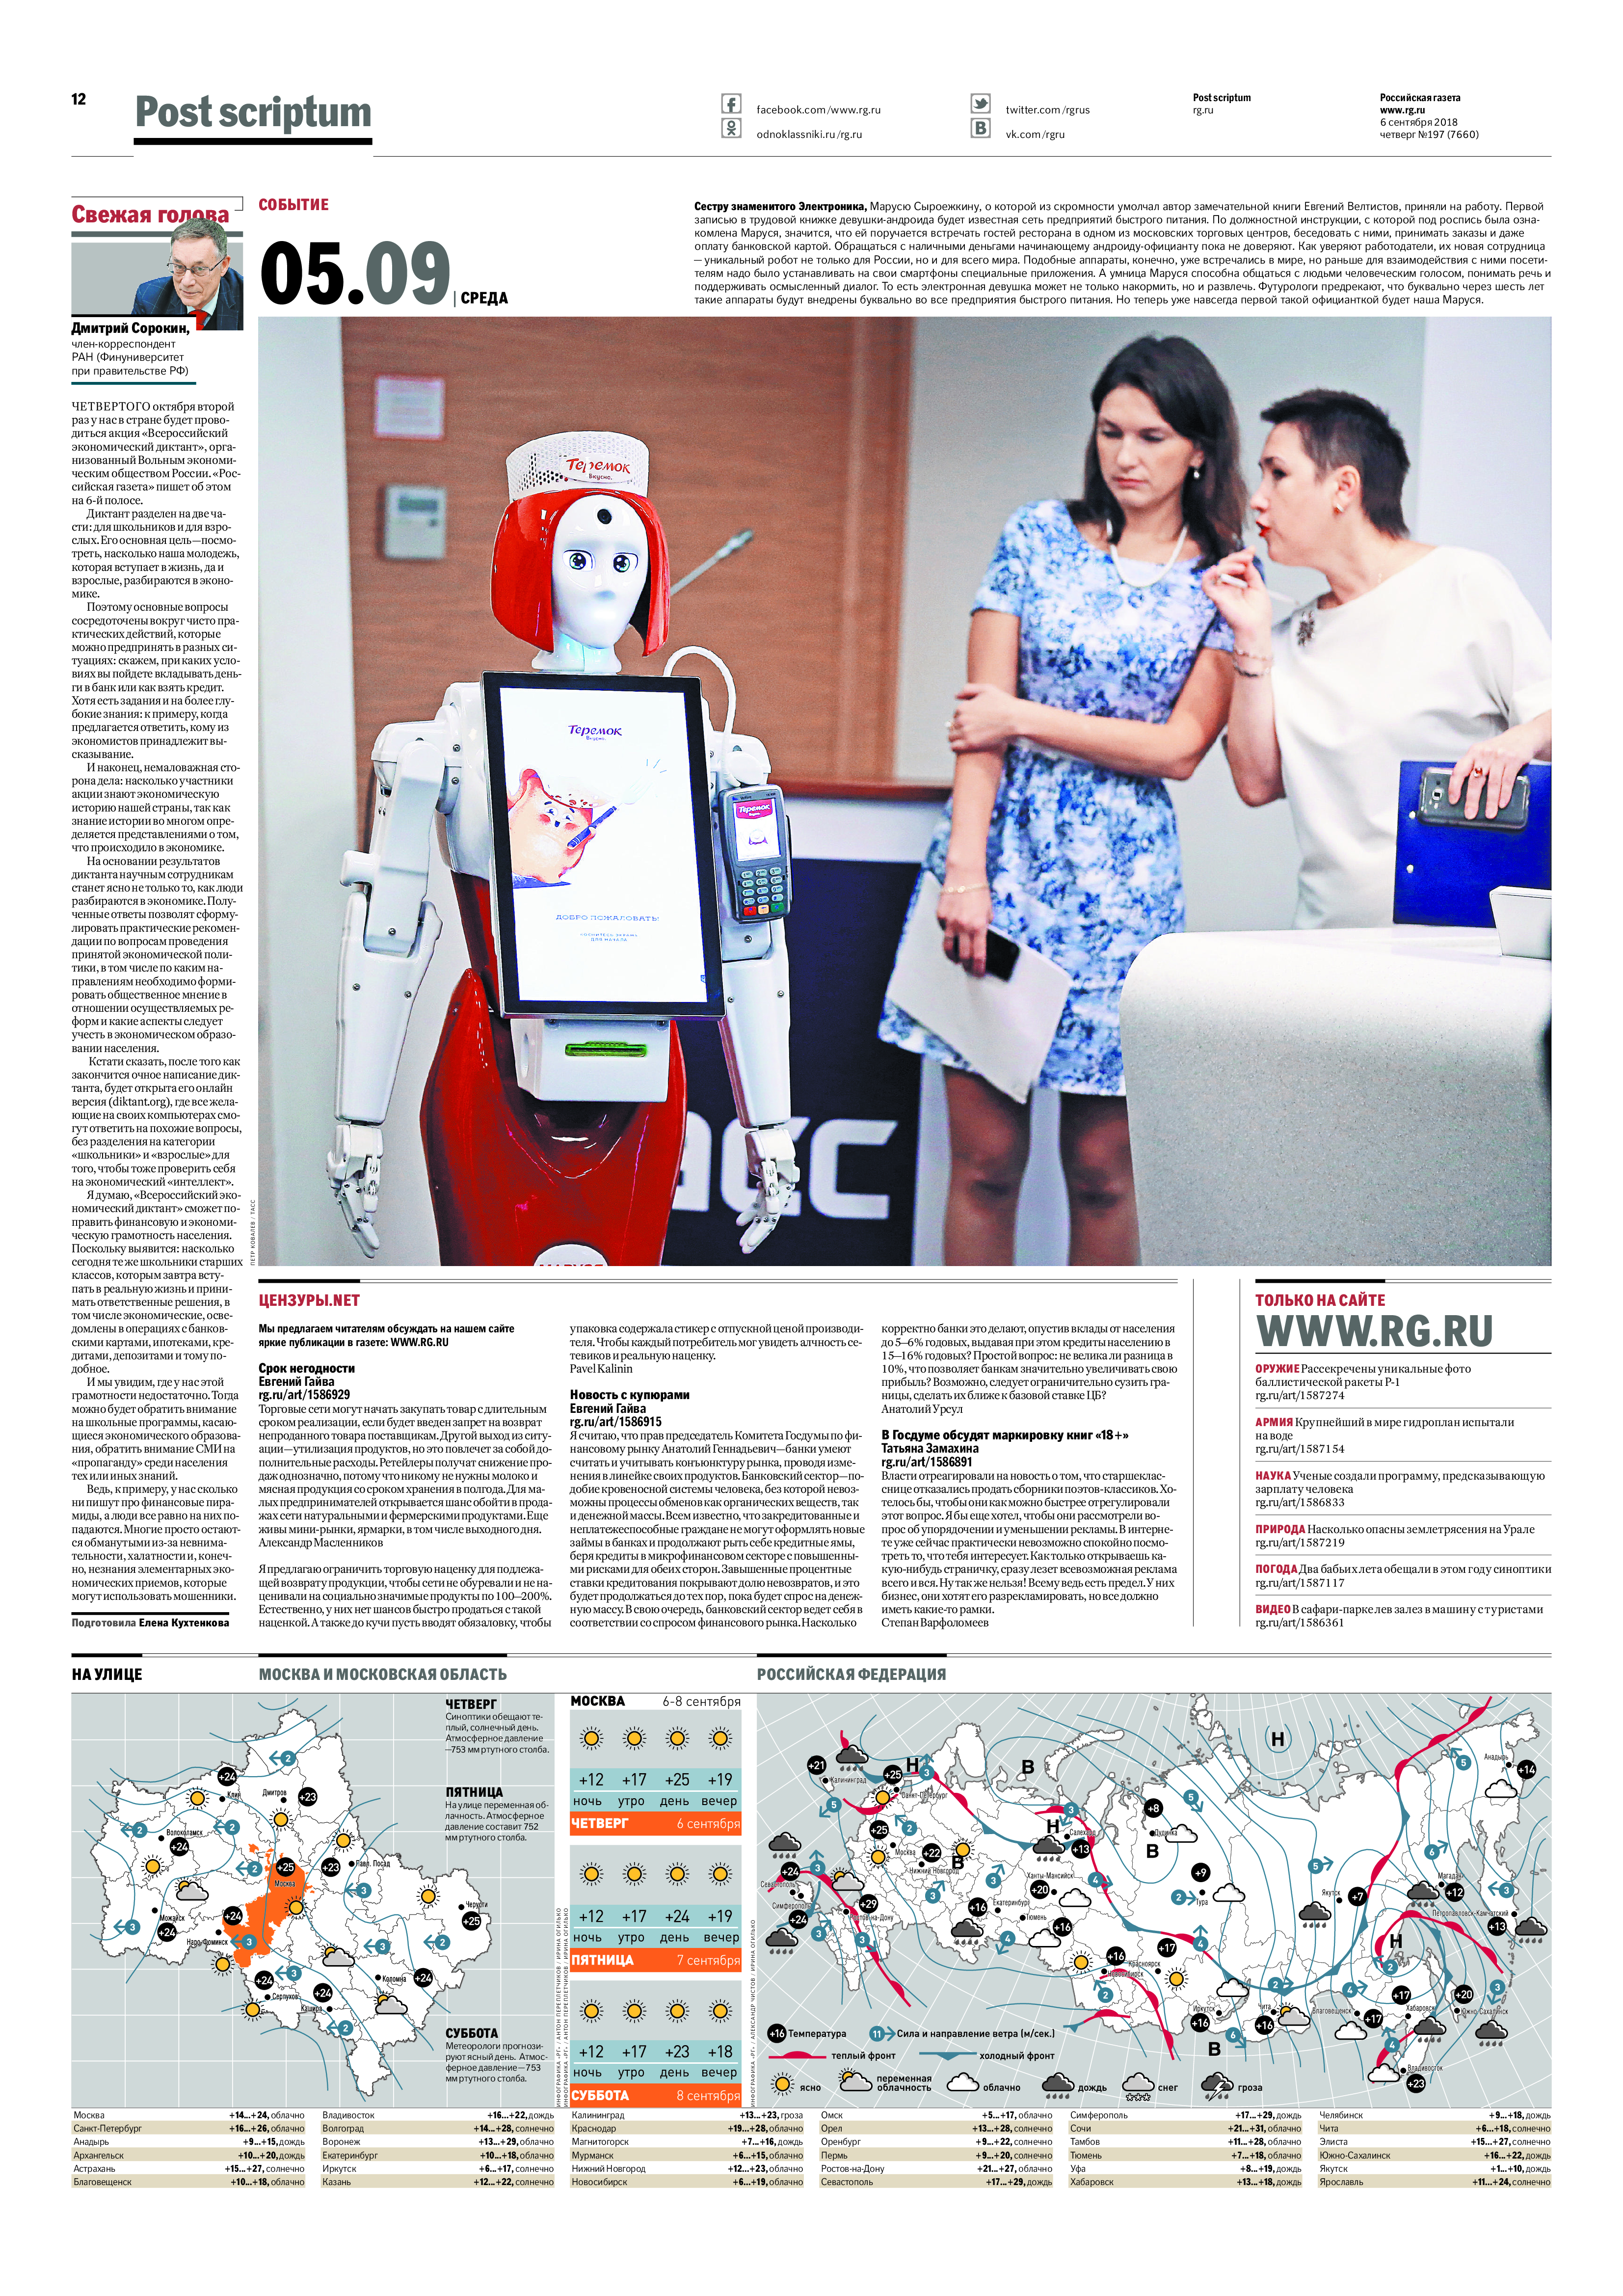
Language: ru